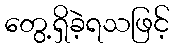
တွေ့ရှိခဲ့ရသဖြင့်